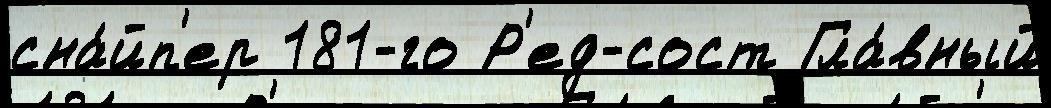
сна́йп'ер 181-го Р'ед-сост Гла́вный